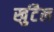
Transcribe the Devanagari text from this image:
खुंटैल